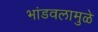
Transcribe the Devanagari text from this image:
भांडवलामुळे